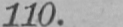
110.